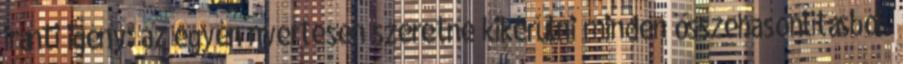
iránti igény: az egyén nyertesen szeretne kikerülni minden összehasonlításból.